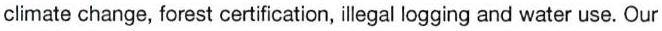
climate change, forest certification, illegal logging and water use. Our